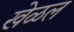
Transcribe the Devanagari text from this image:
खेळल